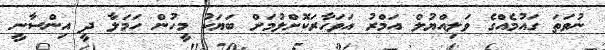
ނުވަތަ ގައުމެއްގެ ވަލިއްޔުލް އަމްރު އަވަހާރަކޮށްލުމަށް ބަޔަކު މީހުން ހަމަލާ ދީ އިންސާނީ